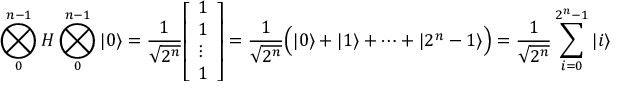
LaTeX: \bigotimes _ { 0 } ^ { n - 1 } H \bigotimes _ { 0 } ^ { n - 1 } | 0 \rangle = { \frac { 1 } { \sqrt { 2 ^ { n } } } } { \left[ \begin{array} { l } { 1 } \\ { 1 } \\ { \vdots } \\ { 1 } \end{array} \right] } = { \frac { 1 } { \sqrt { 2 ^ { n } } } } { \Big ( } | 0 \rangle + | 1 \rangle + \dots + | 2 ^ { n } - 1 \rangle { \Big ) } = { \frac { 1 } { \sqrt { 2 ^ { n } } } } \sum _ { i = 0 } ^ { 2 ^ { n } - 1 } | i \rangle